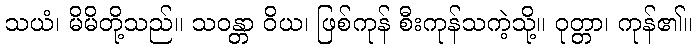
သယံ၊ မိမိတို့သည်။ သဝန္တာ ဝိယ၊ ဖြစ်ကုန် စီးကုန်သကဲ့သို့။ ဝုတ္တာ၊ ကုန်၏။